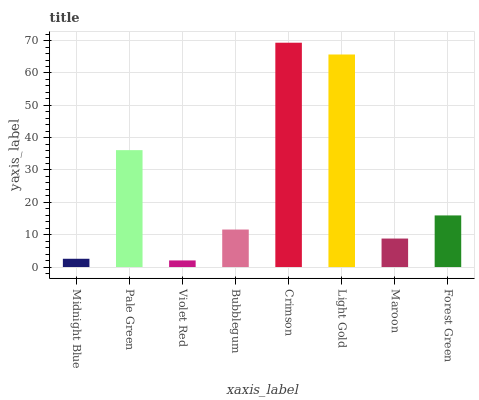
| xaxis_label | bars |
 | --- | --- |
 | Midnight Blue | 2.56 |
 | Pale Green | 36.1 |
 | Violet Red | 2.04 |
 | Bubblegum | 11.6 |
 | Crimson | 69.3 |
 | Light Gold | 65.7 |
 | Maroon | 8.81 |
 | Forest Green | 16 |